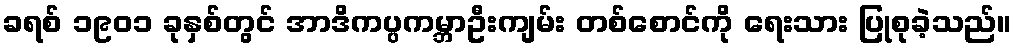
ခရစ် ၁၉၀၁ ခုနှစ်တွင် အာဒိကပ္ပကမ္ဘာဦးကျမ်း တစ်စောင်ကို ရေးသား ပြုစုခဲ့သည်။